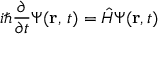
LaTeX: i \hbar { \frac { \partial } { \partial t } } \Psi ( \mathbf { r } , \, t ) = { \hat { H } } \Psi ( \mathbf { r } , t ) \,